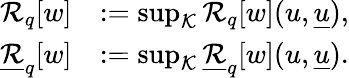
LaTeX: \begin{array}{rl}{\mathcal{R}_{q}[w]}&{:=\operatorname*{sup}_{\mathcal{K}}\mathcal{R}_{q}[w](u,{\underline{{u}}}),}\\ {\underline{{\mathcal{R}}}_{q}[w]}&{:=\operatorname*{sup}_{\mathcal{K}}\underline{{\mathcal{R}}}_{q}[w](u,{\underline{{u}}}).}\end{array}